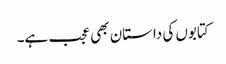
کتابوں کی داستان بھی عجب ہے۔